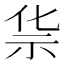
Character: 𰧲